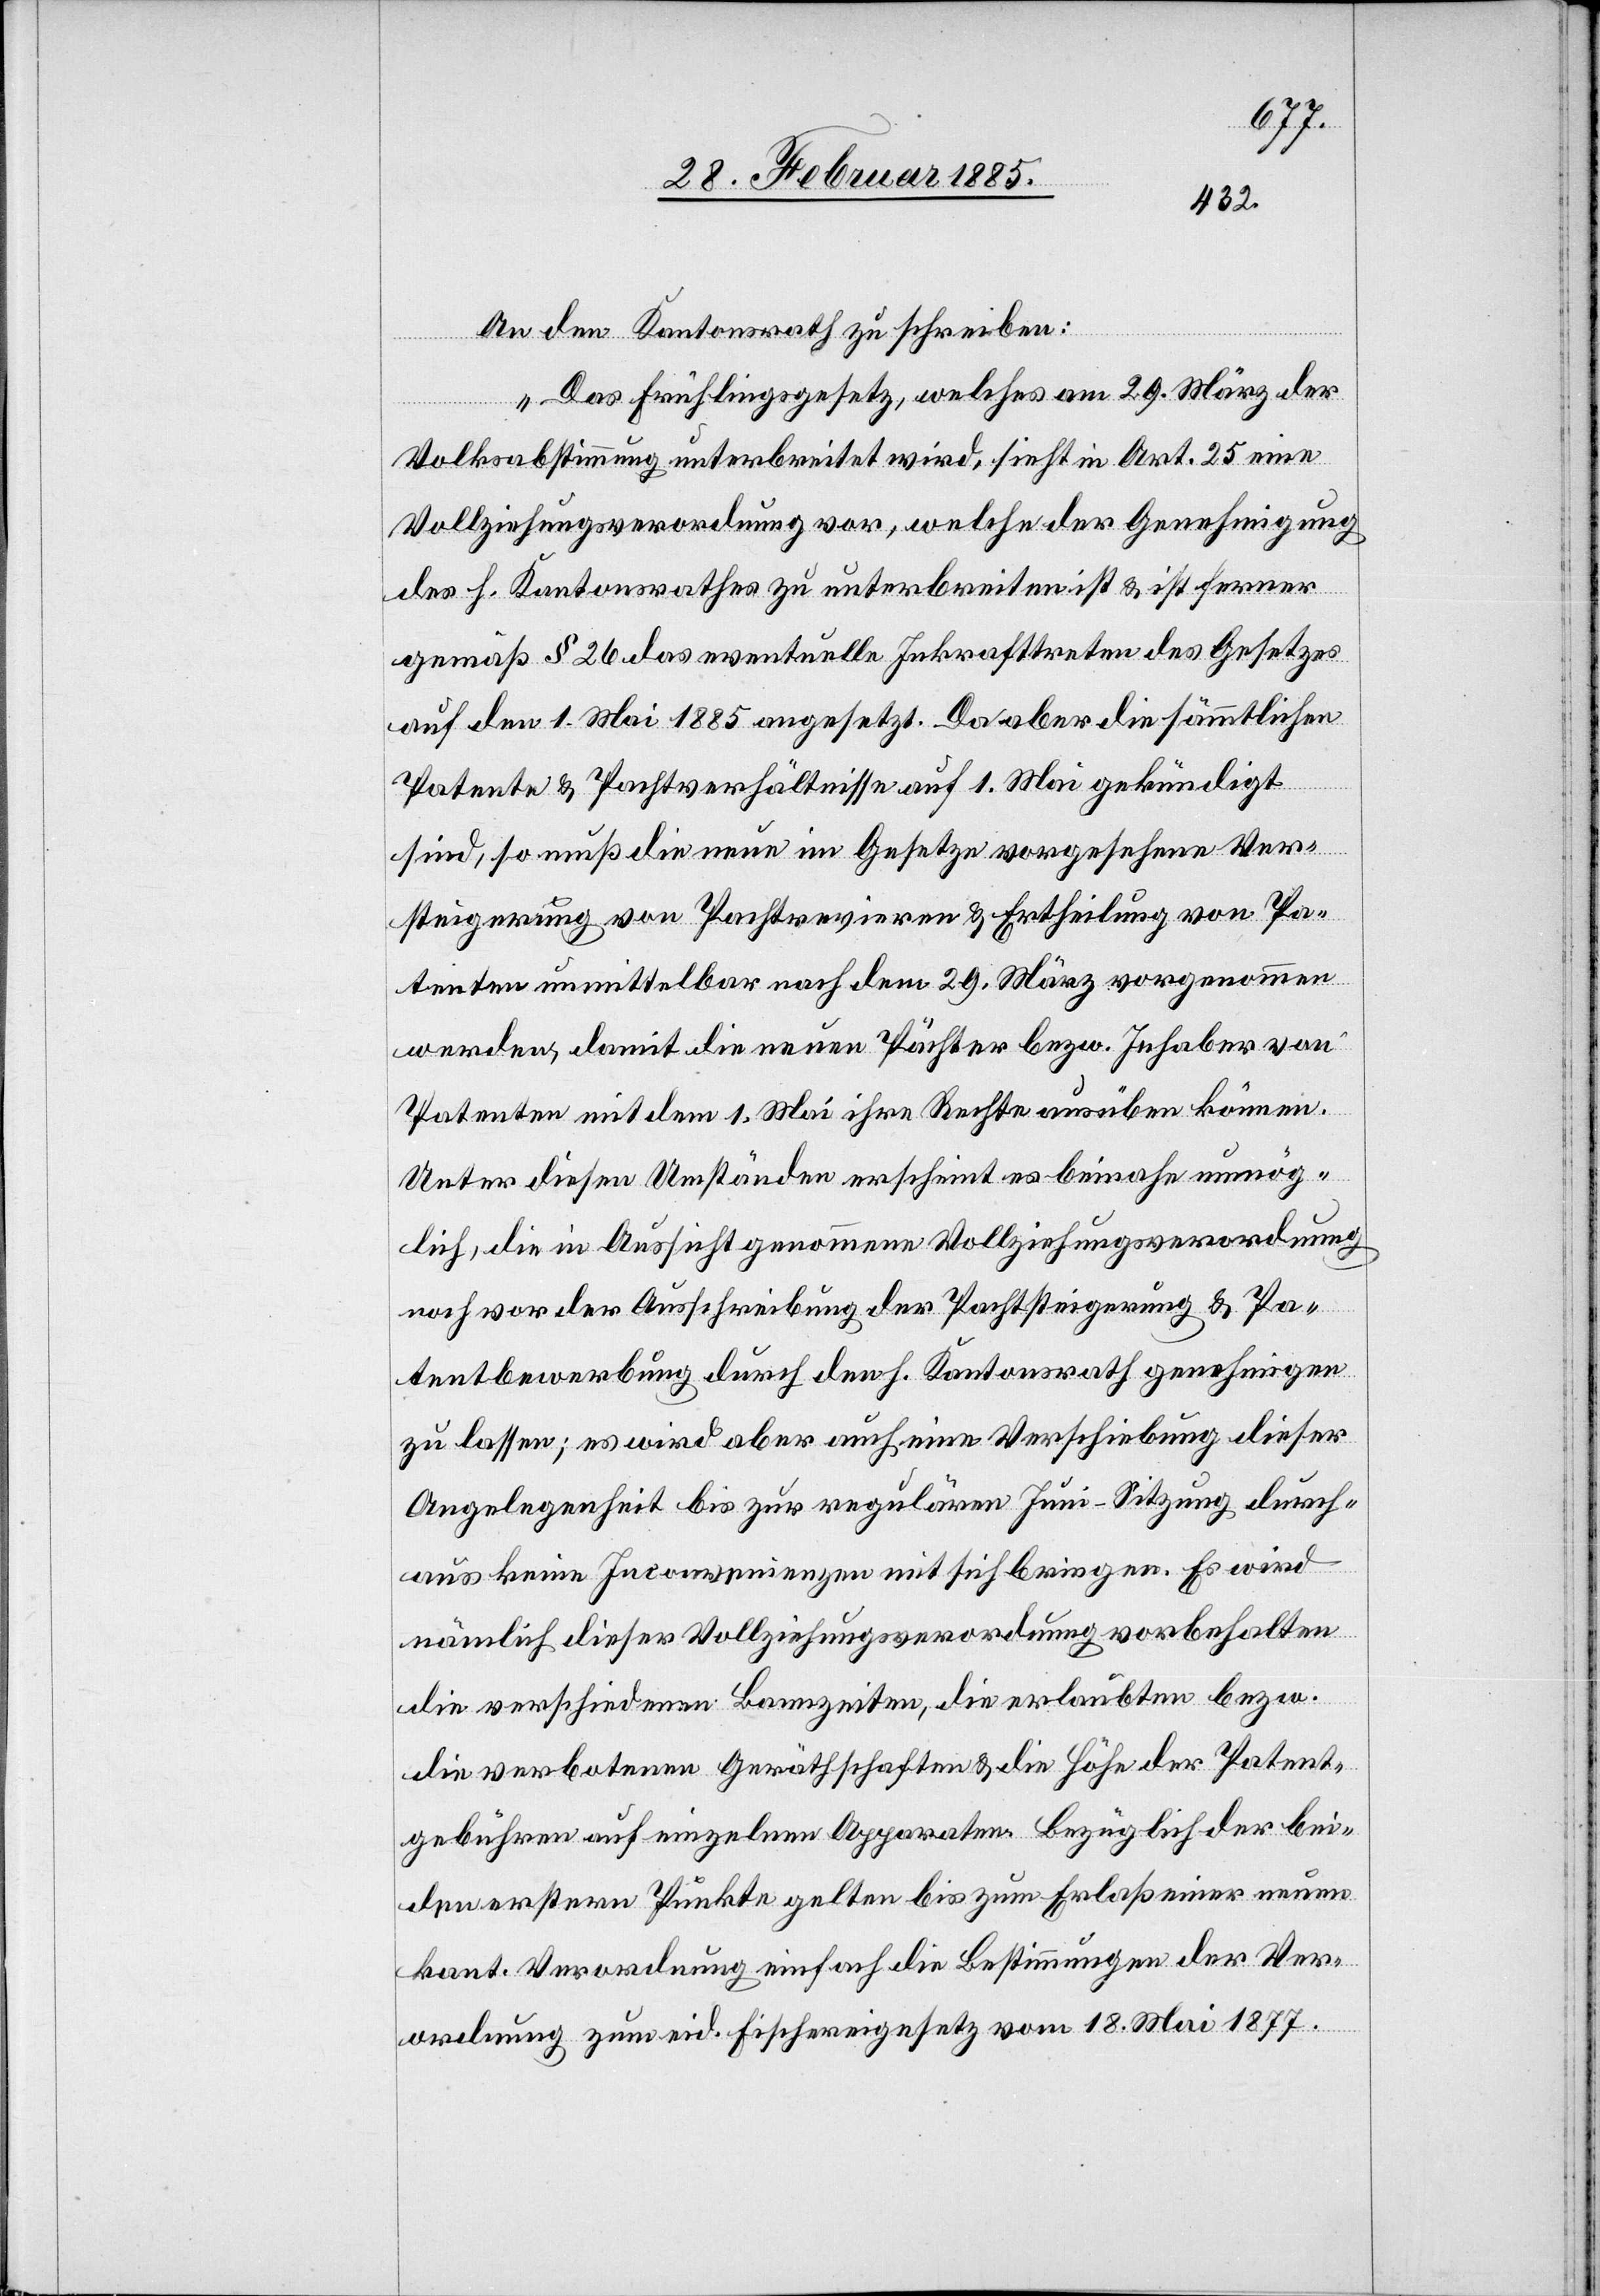
An den Kantonsrath zu schreiben:
„Das Frühlingsgesetz, welches am 29. März der
Volksabstimmung unterbreitet wird, sieht in Art. 25 eine
Vollziehungsverordnung vor, welche der Genehmigung
des. h. Kantonsrathes zu unterbreiten ist & ist ferner
gemäß § 26 das eventuelle Inkrafttreten des Gesetzes
auf den 1. Mai 1885 angesetzt. Da aber die sämtlichen
Patente & Pachtverhältnisse auf 1. Mai gekündigt
sind, so muß die neue im Gesetze vorgesehene Ver¬
steigerung von Pachtrevieren & Ertheilung von Pa¬
tenten unmittelbar nach dem 29. März vorgenommen
werden, damit die neuen Pächter bezw. Inhaber von
Patenten mit dem 1. Mai ihre Rechte ausüben können.
Unter diesen Umständen erscheint es beinahe unmög¬
lich, die in Aussicht genommene Vollziehungsverordnung
noch vor der Ausschreibung der Pachtsteigerung & Pa¬
tentbewerbung durch den h. Kantonsrath genehmigen
zu lassen; es wird aber auch eine Verschiebung dieser
Angelegenheit bis zur regulären Juni-Sitzung durch¬
aus keine Inconvenienzen mit sich bringen. Es wird
nämlich dieser Vollziehungsverordnung vorbehalten
die verschiedenen Bannzeiten, die erlaubten bezw.
die verbotenen Geräthschaften & die Höhe der Patent¬
gebühren auf einzelne Apparaten. [sic!] Bezüglich der bei¬
den erstern Punkte gelten bis zum Erlaß einer neuen
kant. Verordnung einfach die Bestimmungen der Ver¬
ordnung zum eid. Fischereigesetz vom 18. Mai 1877.